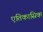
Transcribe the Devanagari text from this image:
एतिकासिक